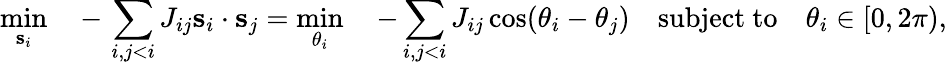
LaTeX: \operatorname*{min}_{\mathbf s_{i}}\quad-\, \sum_{i,j<i}J_{ij}{\mathbf s}_{i}\cdot{\mathbf s}_{j}=\operatorname*{min}_{\theta_{i}}\quad-\sum_{i,j<i}J_{ij}\cos(\theta_{i}-\theta_{j})\quad\mathrm{subject}\ \mathrm{to}\quad\theta_{i}\in[0,2\pi),